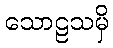
သောဠသမှိ